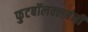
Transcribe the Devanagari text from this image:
फुटबॉलक्लबंनी